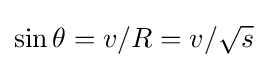
{\textstyle \sin \theta =v/R=v/{\sqrt {s}}}